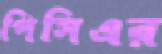
পিসিএর